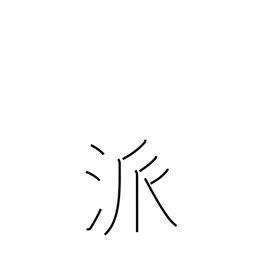
Meaning: school